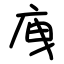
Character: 㡼